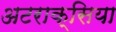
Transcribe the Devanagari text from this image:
अटराक्सिया